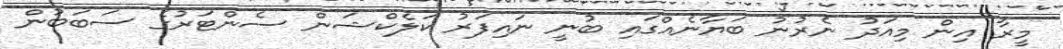
މީރާ އިން މިއަދު ނެރުނު ބަޔާނެއްގައި ބުނީ ނައިފަރު ކަލެކްޝަން ސެންޓަރުގެ ސަބަބުން